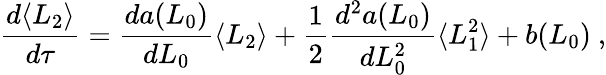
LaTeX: \frac{d\langle L_{2}\rangle}{d\tau}=\frac{da(L_{0})}{dL_{0}}\langle L_{2}\rangle+\frac{1}{2}\frac{d^{2}a(L_{0})}{dL_{0}^{2}}\langle L_{1}^{2}\rangle+b(L_{0})\ ,